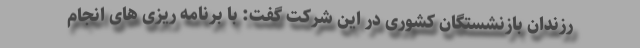
رزندان بازنشستگان کشوری در این شرکت گفت: با برنامه ریزی های انجام